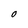
Character: O